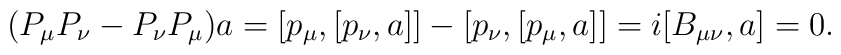
(P_\mu P_\nu-P_\nu  P_\mu)a=[p_\mu,[p_\nu,a]]-[p_\nu,[p_\mu,a]]=i[B_{\mu\nu},a]=0.